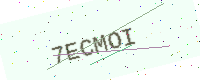
Text: 7ECMOI